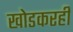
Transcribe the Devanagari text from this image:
खोडकरही